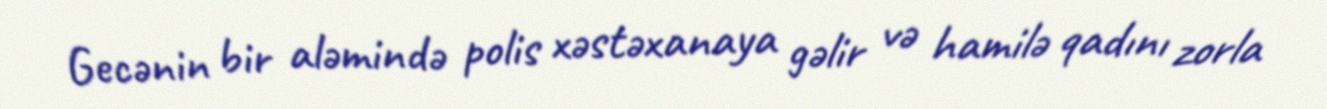
Gecənin bir aləmində polis xəstəxanaya gəlir və hamilə qadını zorla